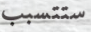
ستتسبب